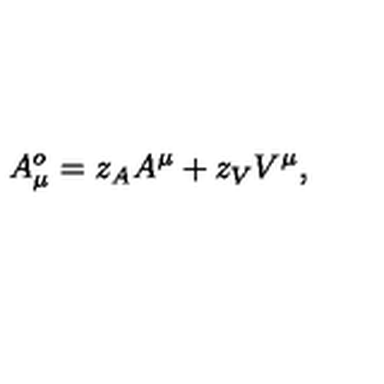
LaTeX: A _ { \mu } ^ { o } = z _ { A } A ^ { \mu } + z _ { V } V ^ { \mu } ,